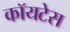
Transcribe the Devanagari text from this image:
कॉयटेस